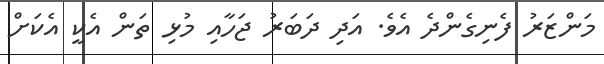
މަންޒަރު ފެނިގެންދެ އެވެ. އަދި ދަބަރު ޖަހާއި މުޅި ތަން އެކީ އެކަށް